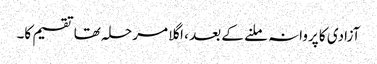
آزادی کا پروانہ ملنے کے بعد ، اگلا مرحلہ تھا تقسیم کا۔